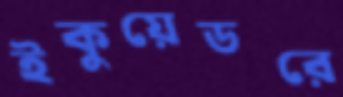
ইকুয়েডরে